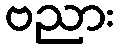
ဗညား